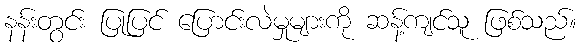
နန်းတွင်း ပြုပြင် ပြောင်းလဲမှုများကို ဆန့်ကျင်သူ ဖြစ်သည်။